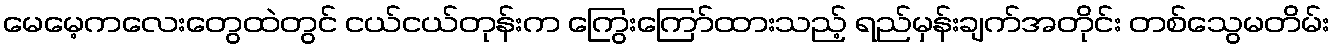
မေမေ့ကလေးတွေထဲတွင် ငယ်ငယ်တုန်းက ကြွေးကြော်ထားသည့် ရည်မှန်းချက်အတိုင်း တစ်သွေမတိမ်း